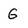
Character: G